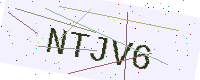
Text: NTJV6